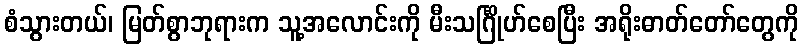
စံသွားတယ်၊ မြတ်စွာဘုရားက သူ့အလောင်းကို မီးသင်္ဂြိုဟ်စေပြီး အရိုးဓာတ်တော်တွေကို